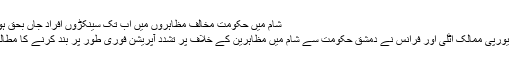
شام میں حکومت مخالف مظاہروں میں اب تک سینکڑوں افراد جاں بحق ہوچُکے ہیں
دریں اثناء یورپی ممالک اٹلی اور فرانس نے دمشق حکومت سے شام میں مظاہرین کے خلاف پُر تشدد آپریشن فوری طور پر بند کرنے کا مطالبہ کیا ہے۔